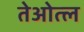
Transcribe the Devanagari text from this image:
तेओत्ल